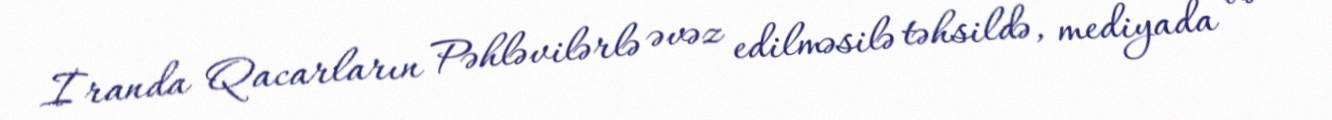
İranda Qacarların Pəhləvilərlə əvəz edilməsilə təhsildə, mediyada və